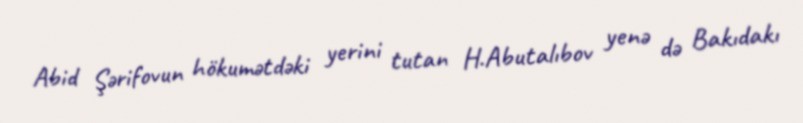
Abid Şərifovun hökumətdəki yerini tutan H.Abutalıbov yenə də Bakıdakı